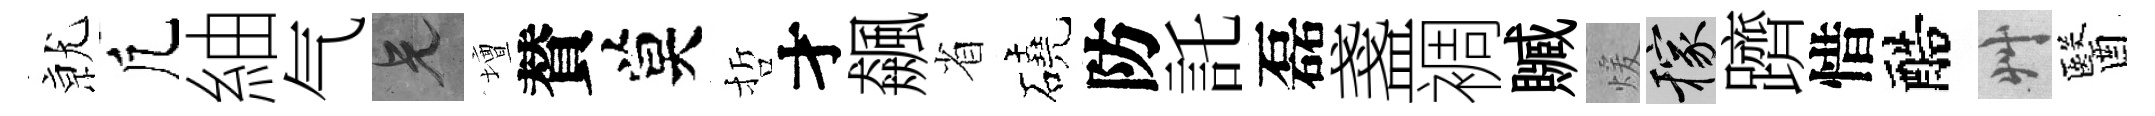
𭕒凢紬气兄壇賛莫哲才飆省磽防託磊盞裯贓煖稼躋惜醅艸醫